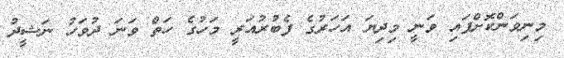
މިނިވަންކޮށްފައި ވަނީ މިދިޔަ އަހަރުގެ ފެބުރުއަރީ މަހުގެ ހަތް ވަނަ ދުވަހު ނަޝީދު